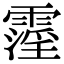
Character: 霪